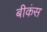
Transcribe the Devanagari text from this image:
बीकंस